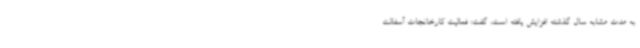
به مدت مشابه سال گذشته افزایش یافته است، گفت: فعالیت کارخانجات آسفالت